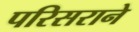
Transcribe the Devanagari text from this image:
परिसराने